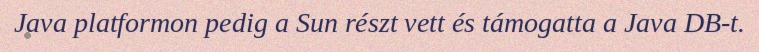
Java platformon pedig a Sun részt vett és támogatta a Java DB-t.